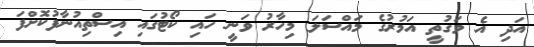
އަދި އެ ވަގުތީ އަމުރުގެ މައްސަލަ މިހާރު ވަނީ ހައި ކޯޓުގައި އިސްތިއުނާފުކޮށްފަ